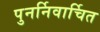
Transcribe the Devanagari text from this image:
पुनर्निवार्चित